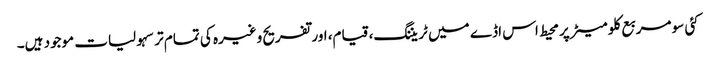
کئی سو مربع کلو میٹر پر محیط اس اڈے میں ٹریننگ، قیام، اور تفریح وغیرہ کی تمام تر سہولیات موجود ہیں۔